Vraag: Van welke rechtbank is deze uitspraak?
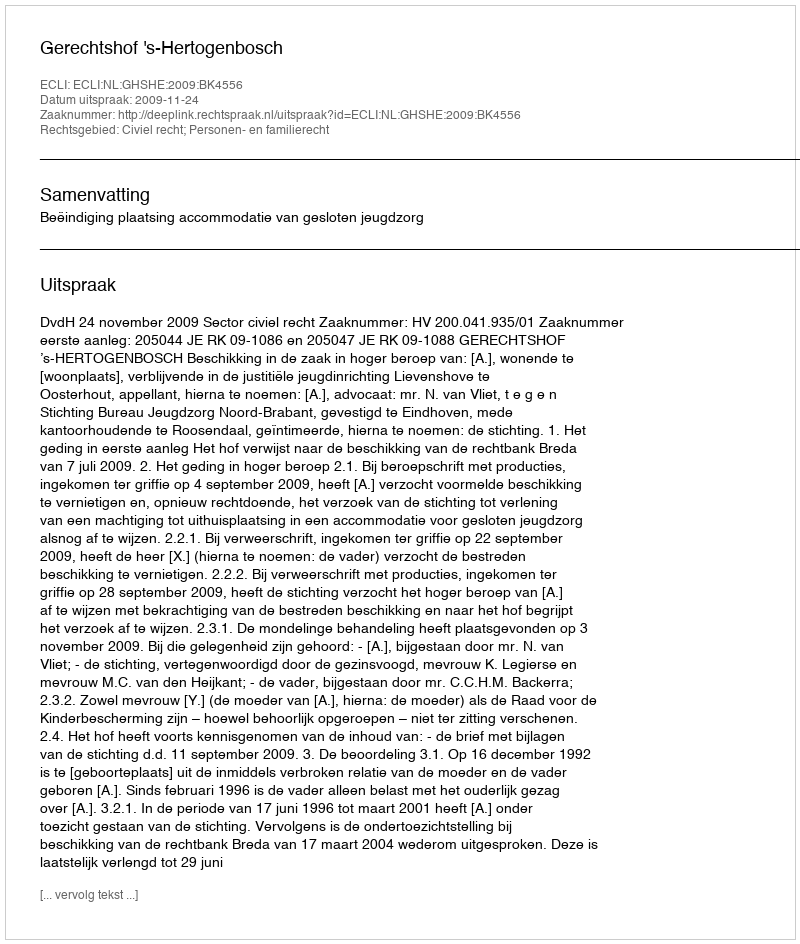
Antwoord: Gerechtshof 's-Hertogenbosch